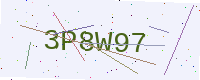
Text: 3P8W97